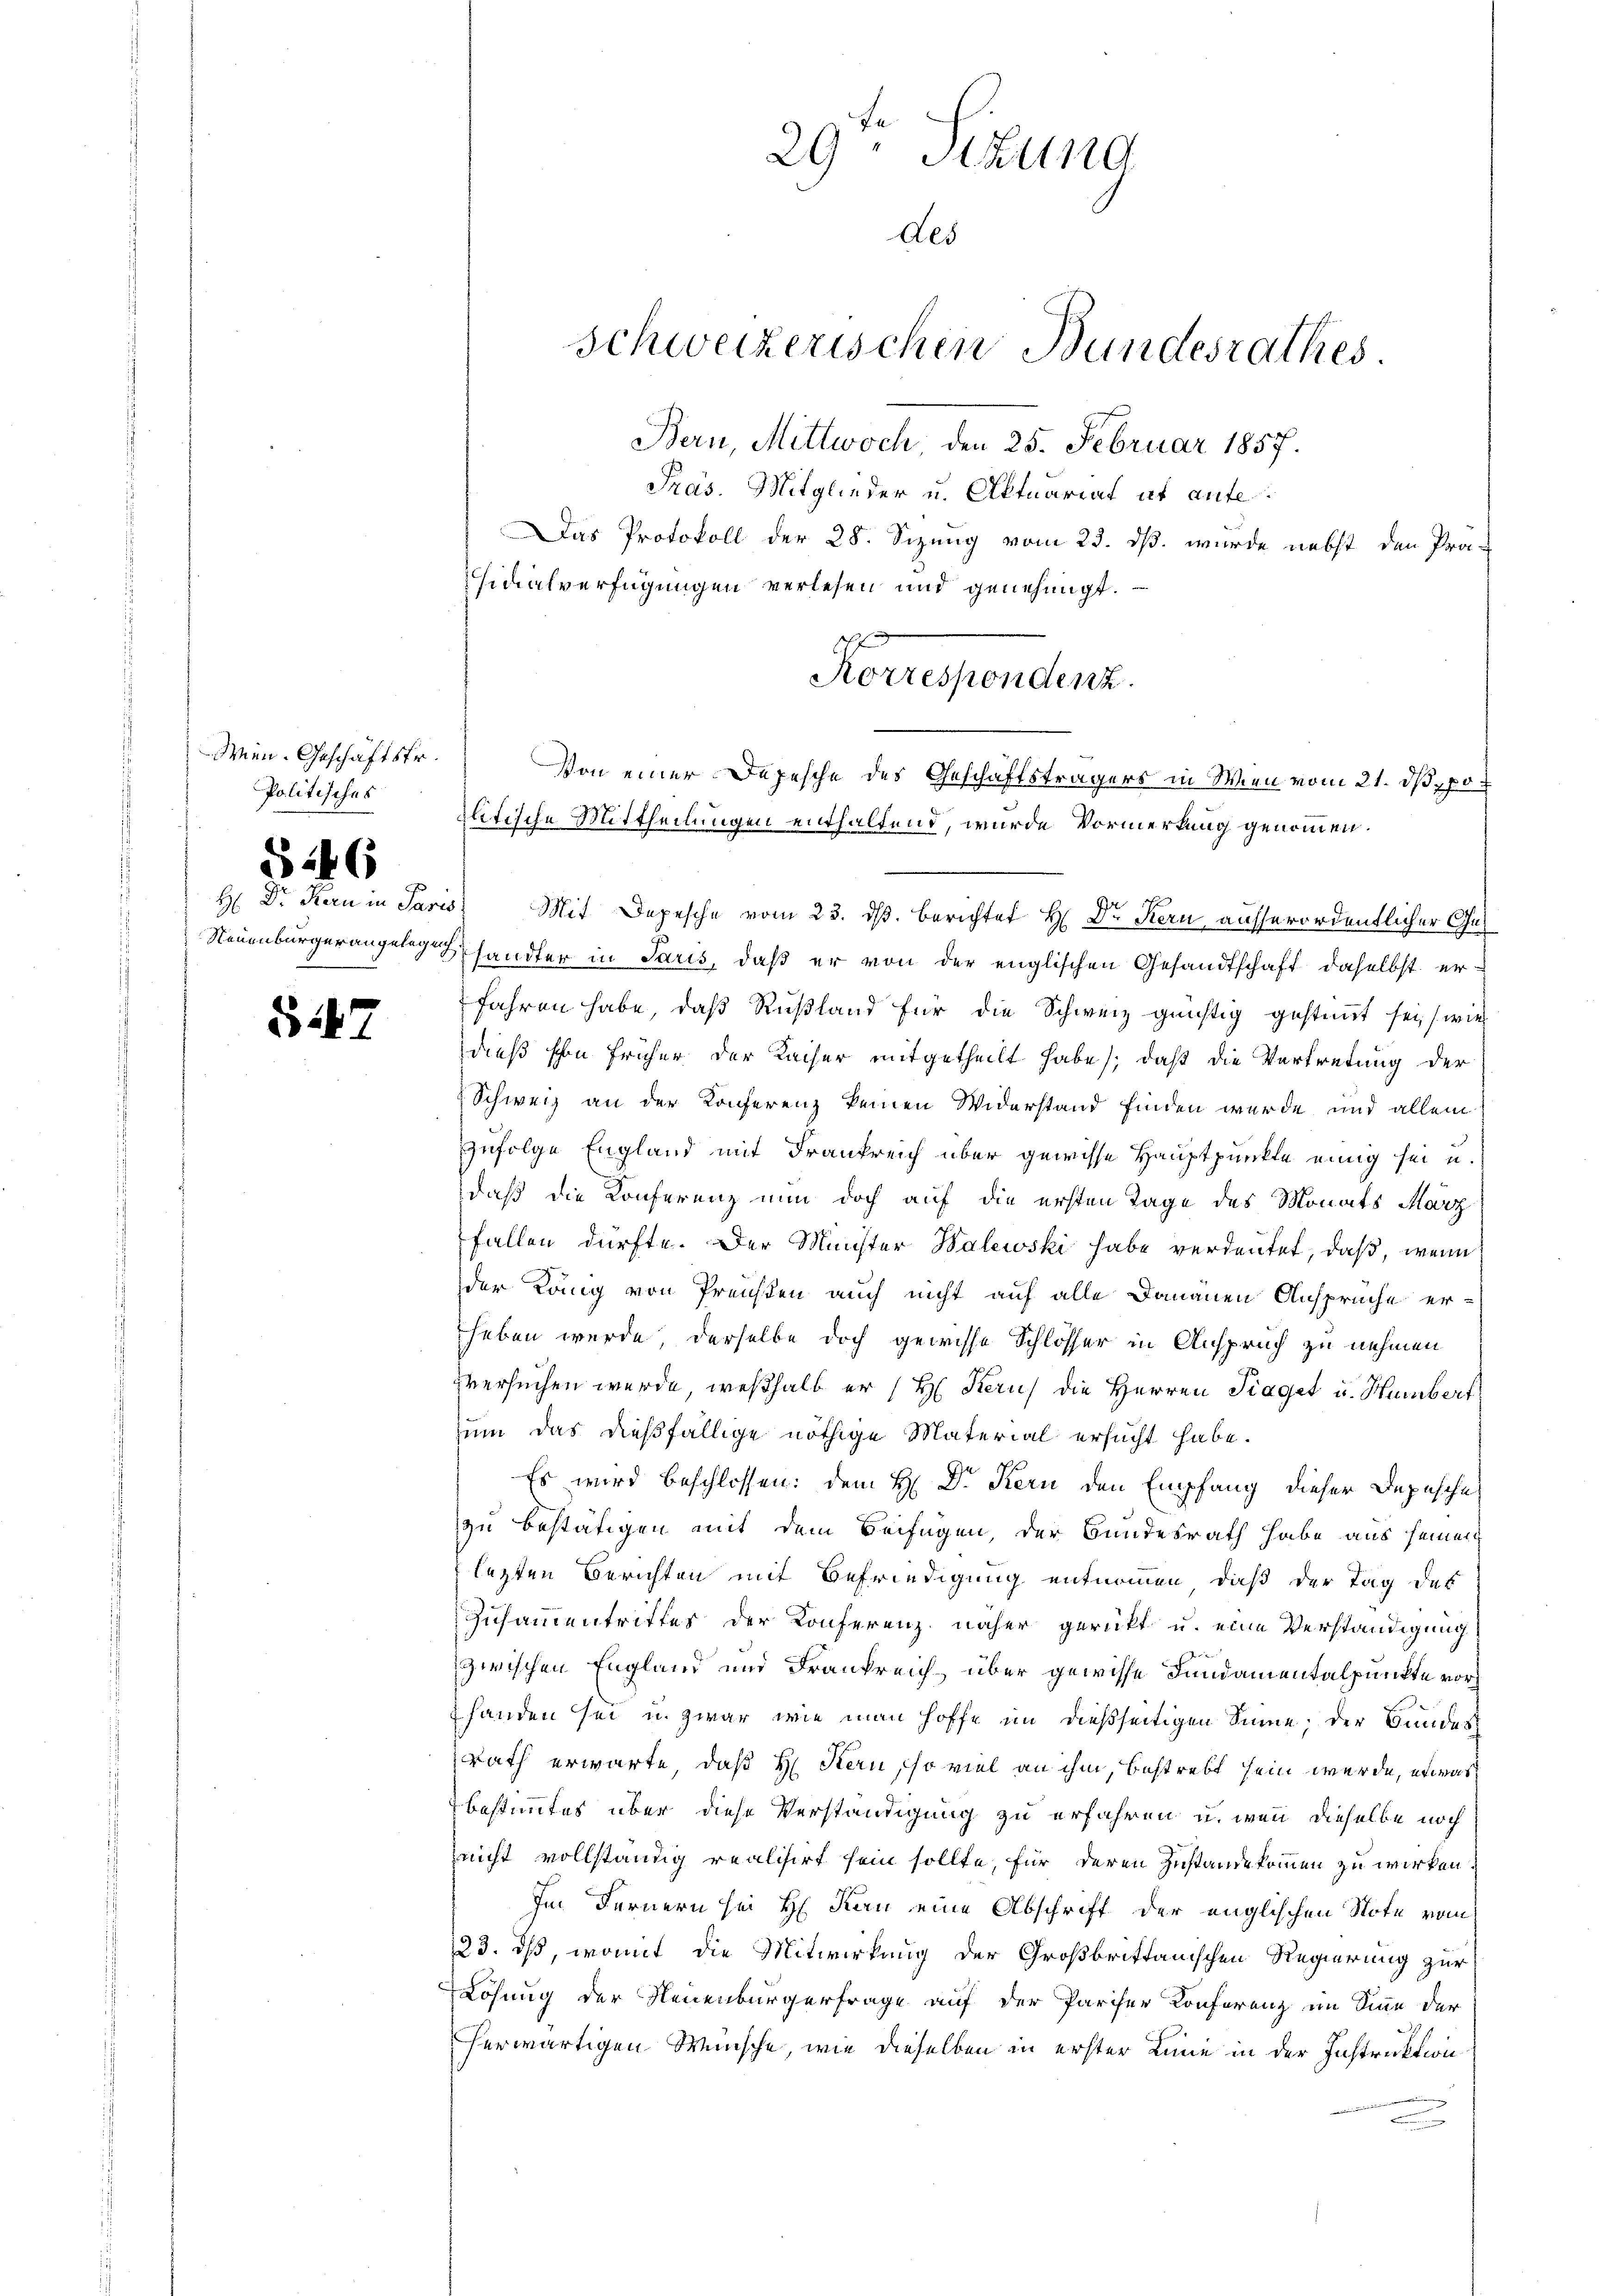
Wien. Geschäftsfr.
Politisches

§ 246

§ 147

Das Protokoll der 28. Sizung vom 23. dß. wurde nebst den Prä-
sidialverfügungen verlesen und genehmigt.
s
Korrespondenz.

H Dr. Kern in Paris Mit Depesche vom 23. ds. berichtet H. Dr Kern ausserordentlicher Ge¬
Neuenburgerangelege handter in Paris, daß er von der englischen Gesandtschaft daselbst erfahren habe, daß Rußland für die Schweiz günstig gestimmt sei, (wie
dieß schon früher der Kaiser mitgetheilt habe; daß die Vertretung der
2 Schweiz an der Konferenz keinen Widerstand finden wurde und allein
zufolge England mit Frankreich über gewisse Hauptpunkte einig sei u.
daß die Konferenz nun doch auf die ersten Tage des Monats März
fallen dürfte. Der Minister Balewski habe verdeutet, daß, wenn
der Lang von Preisen auch nicht auf alle Dananen Ansprüche er-
heben werde, derselbe doch gewisse Schlösser in Anspruch zu nehmen
versuchen wurde, weßhalb er (H. Kern die Herren Traget u. Hurnbert
zum das dießfällige nöthige Material ersucht habe.
Es wird beschlossen: dem H: Dr. Kern den Empfang dieser Depesche
zu bestätigen mit dem Beifügen, der Bundesrath habe aus seinen
lezten Berichten mit Befriedigung entnommen, daß der Tag des
Zusammentrittes der Konferenz näher gerückt u. eine Verständigung
zwischen England und Frankreich über gewisse Fundamentalpunkte vorh
fanden sei u. zwar wie man hoffe im dießseitigen Sinne, der Bundes
rath erwarte, daß H. Stern, so viel an ihm, bestrebt sein werde, etwas
bestimmtes über diese Verständigung zu erfahren u. wenn dieselbe noch
nicht vollständig realisirt sein sollte, für deren Zustande kommen zu wirken
Im Fernern sei H. Kan eine Abschrift der englischen Note vom
23. ds, womit die Mitwirkung der Großbrittanischen Regierung zur
Lösung der Neuenburgerfrage auf der Pariser Konferenz im Sinne der
herwärtigen Wünsche, wie dieselben in erster Linie in der Instruktion

29ten Sekung
Aes
Schweizerischen Bundesrathes
Bern, Mittwoch, den 25. Februar 1857.
Präs. Mitglieder u. Aktuariat it aufe¬

Von einer Depesche des Geschäftsträgers in Wien vom 21. ds po¬
Jlitische Mittheilungen enthaltend, wurde Vormerkung genommen.